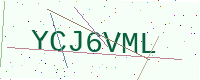
Text: YCJ6VML